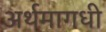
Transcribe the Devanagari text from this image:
अर्थमागधी